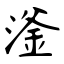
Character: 滏